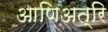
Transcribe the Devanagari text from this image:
आणिअत्रि